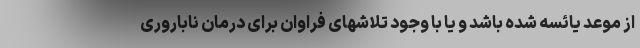
از موعد یائسه شده باشد و یا با وجود تلاشهای فراوان برای درمان ناباروری